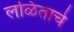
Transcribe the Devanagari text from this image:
लळिताचे